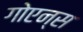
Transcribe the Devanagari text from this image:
गोएन्स